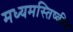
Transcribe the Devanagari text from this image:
मध्यमस्तिष्कीय